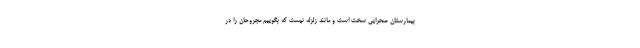
بیمارستان صحرایی سخت است و مانند زلزله نیست که بگوییم مجروحان را در